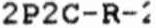
2P2C-R-2